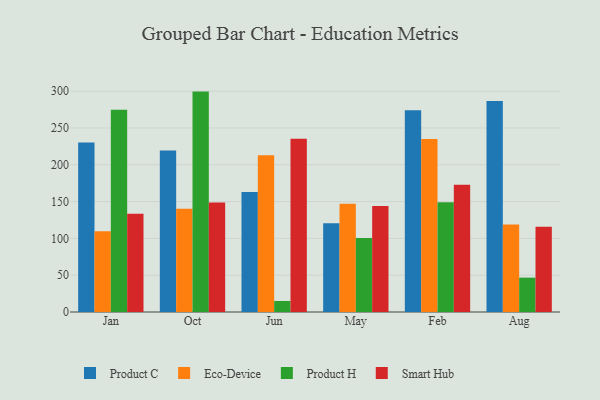
{"axis": {"x": "Month", "y": "Gross Profit (USD K)"}, "legend": ["Eco-Device", "Product C", "Product H", "Smart Hub"], "data": [{"x": "Jan", "y": 230.2, "type": "Product C"}, {"x": "Jan", "y": 109.8, "type": "Eco-Device"}, {"x": "Jan", "y": 274.8, "type": "Product H"}, {"x": "Jan", "y": 133.5, "type": "Smart Hub"}, {"x": "Oct", "y": 219.5, "type": "Product C"}, {"x": "Oct", "y": 140.1, "type": "Eco-Device"}, {"x": "Oct", "y": 299.4, "type": "Product H"}, {"x": "Oct", "y": 148.6, "type": "Smart Hub"}, {"x": "Jun", "y": 163.1, "type": "Product C"}, {"x": "Jun", "y": 213.0, "type": "Eco-Device"}, {"x": "Jun", "y": 15.0, "type": "Product H"}, {"x": "Jun", "y": 235.5, "type": "Smart Hub"}, {"x": "May", "y": 120.6, "type": "Product C"}, {"x": "May", "y": 147.0, "type": "Eco-Device"}, {"x": "May", "y": 100.5, "type": "Product H"}, {"x": "May", "y": 143.9, "type": "Smart Hub"}, {"x": "Feb", "y": 274.1, "type": "Product C"}, {"x": "Feb", "y": 235.0, "type": "Eco-Device"}, {"x": "Feb", "y": 149.2, "type": "Product H"}, {"x": "Feb", "y": 173.0, "type": "Smart Hub"}, {"x": "Aug", "y": 286.8, "type": "Product C"}, {"x": "Aug", "y": 118.8, "type": "Eco-Device"}, {"x": "Aug", "y": 46.7, "type": "Product H"}, {"x": "Aug", "y": 115.8, "type": "Smart Hub"}]}